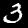
Label: 3